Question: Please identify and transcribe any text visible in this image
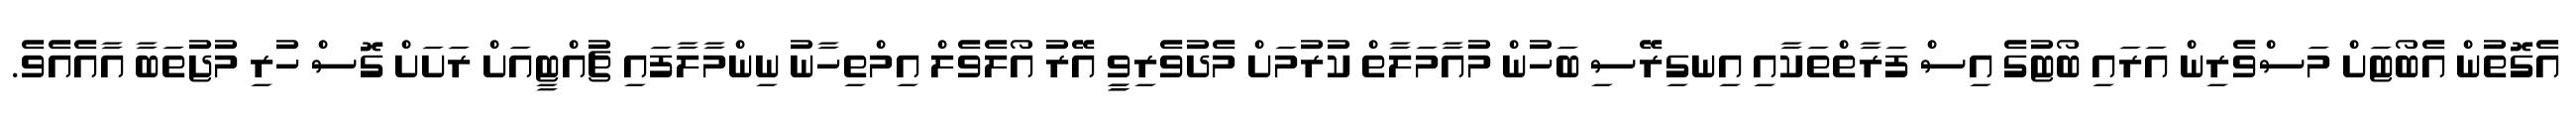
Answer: އެގޮތުން އެބޯޓަށް މަސްވެރިން އަރައި ބޯޓުގެ އިސް ފަރާތްތަކާއި އިނގިރޭސި ބަހުން މުއާމަލާތް ކުރުމަށް މެދުވެރިވީީ އޭރު އޯލެވެލް އިމްތިހާނު ނިންމާލާފައި ޗުއްޓީއަށް ރަށަށް ގޮސް ހުރި މުޖުތަބާ އާއެއެވެ.